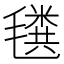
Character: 𰚲